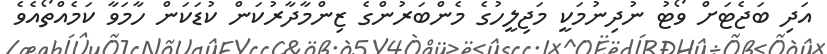
އަދި ބަޖެޓަށް ވޯޓު ނުދިނުމަކީ މަޖިލީހުގެ މެންބަރުންގެ ޒިންމާދާރުކަން ކުޑަކަން ހާމަވާ ކަމެއްތޯއެވެ